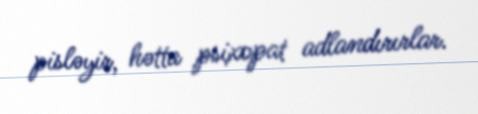
pisləyir, hətta psixopat adlandırırlar.